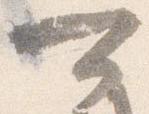
可